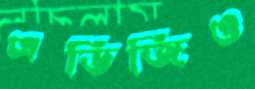
এডিজিও